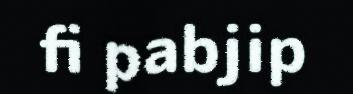
fi pabjip